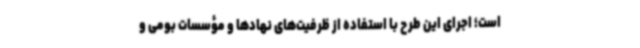
است؛ اجرای این طرح با استفاده از ظرفیت‌های نهادها و مؤسسات بومی و